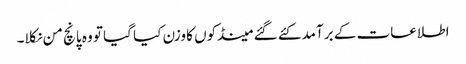
اطلاعات کے برآمد کئے گئے مینڈکوں کا وزن کیا گیا تو وہ پانچ من نکلا۔